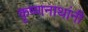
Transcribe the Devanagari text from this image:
कृष्णनाथांनी